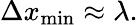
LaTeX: \Delta x_{\mathrm{min}}\approx\lambda.